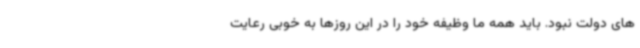
های دولت نبود. باید همه ما وظیفه خود را در این روزها به خوبی رعایت